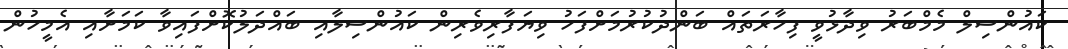
ކައުންސިލް މެމްބަރު ވިދާޅުވީ ފިހާރަތައް ބަންދުކުރުމަށްފަހު ވިޔަފާރިވެރިން ކައުންސިލާއި ބައްދަލުކޮށްފައިވާ ކަމަށާއި އެމީހުން